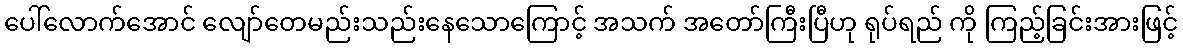
ပေါ်လောက်အောင် လျော်တေမည်းသည်းနေသောကြောင့် အသက် အတော်ကြီးပြီဟု ရုပ်ရည် ကို ကြည့်ခြင်းအားဖြင့်